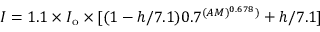
I = 1 . 1 \times I _ { \mathrm { o } } \times [ ( 1 - h / 7 . 1 ) 0 . 7 ^ { ( A M ) ^ { 0 . 6 7 8 } ) } + h / 7 . 1 ]